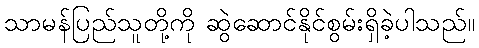
သာမန်ပြည်သူတို့ကို ဆွဲဆောင်နိုင်စွမ်းရှိခဲ့ပါသည်။